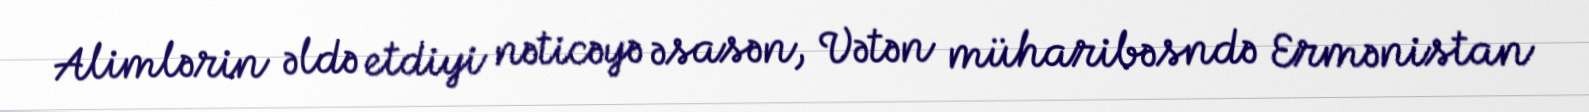
Alimlərin əldə etdiyi nəticəyə əsasən, Vətən müharibəsndə Ermənistan